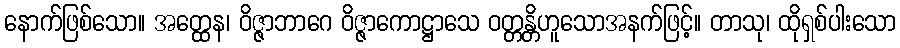
နောက်ဖြစ်သော။ အတ္ထေန၊ ဝိဇ္ဇာဘာဂေ ဝိဇ္ဇာကောဋ္ဌာသေ ဝတ္တန္တိဟူသောအနက်ဖြင့်။ တာသု၊ ထိုရှစ်ပါးသော